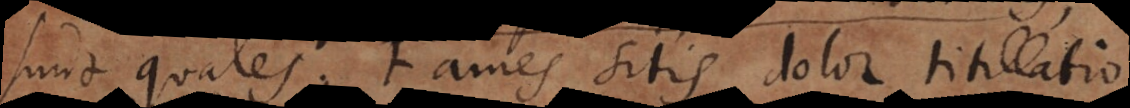
sunt quales: Fames sitis, dolor, titillati